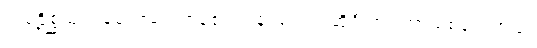
သမ္ပဋိစ္ဆိံသု၊ ဝန်ခံကြလေကုန်၏။ ပန၊ ဆက်၍ဆိုဦးအံ့။ တာယစဝေလာယ၊